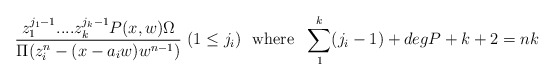
\begin{align*} {{z_1^{j_1-1}....z_k^{j_k-1}P(x,w)\Omega}\over {\Pi (z_i^n-(x-a_iw)w^{n-1})}}\ (1 \le j_i) \ \ {\rm where} \ \ \sum_1^k (j_i-1)+degP+k+2=nk\end{align*}